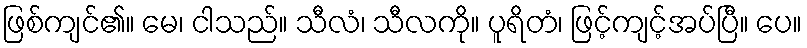
ဖြစ်ကျင်၏။ မေ၊ ငါသည်။ သီလံ၊ သီလကို။ ပူရိတံ၊ ဖြင့်ကျင့်အပ်ပြီ။ ပေ။